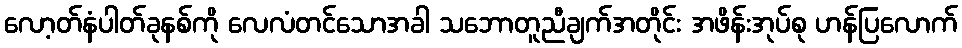
လော့တ်နံပါတ်ခုနစ်ကို လေလံတင်သောအခါ သဘောတူညီချက်အတိုင်း အဖိန်းအုပ်စု ဟန်ပြလောက်